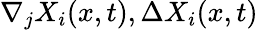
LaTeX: \nabla_{j}X_{i}(x,t),\Delta X_{i}(x,t)